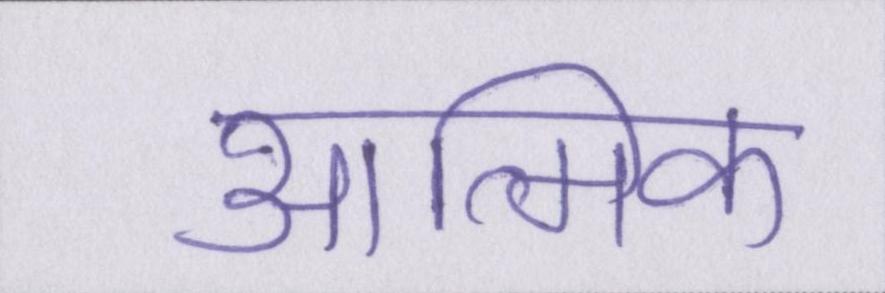
आत्मिक